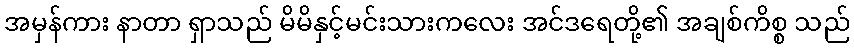
အမှန်ကား နာတာ ရှာသည် မိမိနှင့်မင်းသားကလေး အင်ဒရေတို့၏ အချစ်ကိစ္စ သည်